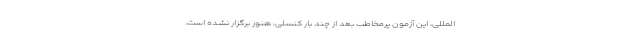
المللی، این آزمون پرمخاطب بعد از چند بار کنسلی، هنوز برگزار نشده است.